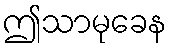
ဤသာမုခေန